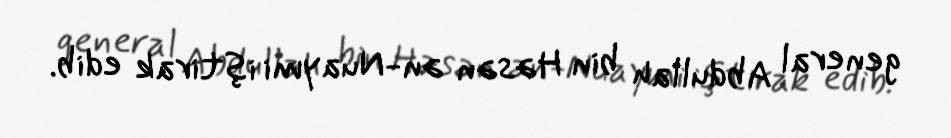
general Abdullah bin Həsən ən-Nuaymi iştirak edib.